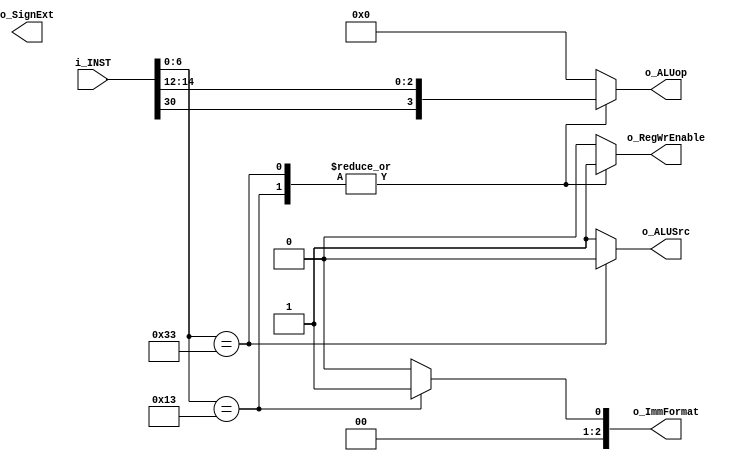
module riscv_control(i_INST, o_ALUop, o_SignExt, o_ImmFormat, o_ALUSrc, o_RegWrEnable);
	parameter BUS_WIDTH = 32;

	input [BUS_WIDTH-1:0] i_INST;

	output [3:0] o_ALUop;
	output       o_SignExt;
  output [2:0] o_ImmFormat;
  output       o_ALUSrc;
	output  		 o_RegWrEnable;

	always @*
    begin
			case(i_INST[6:0])
				7'b0110011:
					begin
						o_ALUop = {i_INST[30],i_INST[14:12]};
						o_ALUSrc = 1'b0;
						o_ImmFormat = 3'b0;
						o_RegWrEnable = 1'b1;
					end
				7'b0010011:
					begin
						o_ALUop = {i_INST[30],i_INST[14:12]};
						o_ALUSrc = 1'b1;
						o_ImmFormat = 3'b001;
						o_RegWrEnable = 1'b1;
					end
				default:
					begin
						o_ALUSrc = 1'b1;
						o_ImmFormat = 3'b000;
         		o_ALUop = 4'b0;
						o_RegWrEnable = 1'b0;
					end
			endcase
		end
endmodule